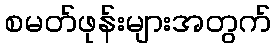
စမတ်ဖုန်းများအတွက်